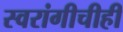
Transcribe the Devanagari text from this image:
स्वरांगीचीही